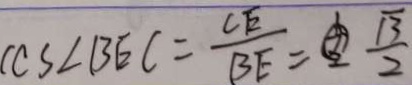
C C S \angle B E C = \frac { C E } { B E } = \frac { \sqrt { 3 } } { 2 }